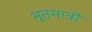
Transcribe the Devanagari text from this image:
भूतमात्रीं